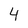
Character: 4